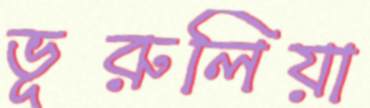
ভূরুলিয়া